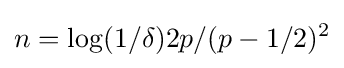
n=\log(1/\delta )2p/(p-1/2)^{2}